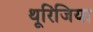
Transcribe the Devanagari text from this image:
थूरिंजिया